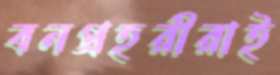
বনপ্রহরীরাই